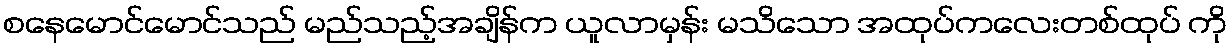
စနေမောင်မောင်သည် မည်သည့်အချိန်က ယူလာမှန်း မသိသော အထုပ်ကလေးတစ်ထုပ် ကို